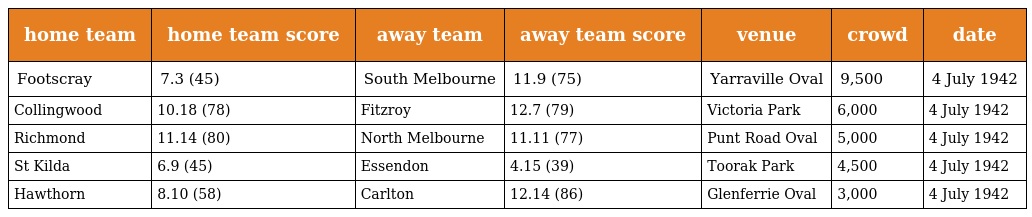
| home team | home team score | away team | away team score | venue | crowd | date |
 | --- | --- | --- | --- | --- | --- | --- |
 | Footscray | 7.3 (45) | South Melbourne | 11.9 (75) | Yarraville Oval | 9,500 | 4 July 1942 |
 | Collingwood | 10.18 (78) | Fitzroy | 12.7 (79) | Victoria Park | 6,000 | 4 July 1942 |
 | Richmond | 11.14 (80) | North Melbourne | 11.11 (77) | Punt Road Oval | 5,000 | 4 July 1942 |
 | St Kilda | 6.9 (45) | Essendon | 4.15 (39) | Toorak Park | 4,500 | 4 July 1942 |
 | Hawthorn | 8.10 (58) | Carlton | 12.14 (86) | Glenferrie Oval | 3,000 | 4 July 1942 |